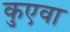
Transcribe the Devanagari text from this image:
कुएवा